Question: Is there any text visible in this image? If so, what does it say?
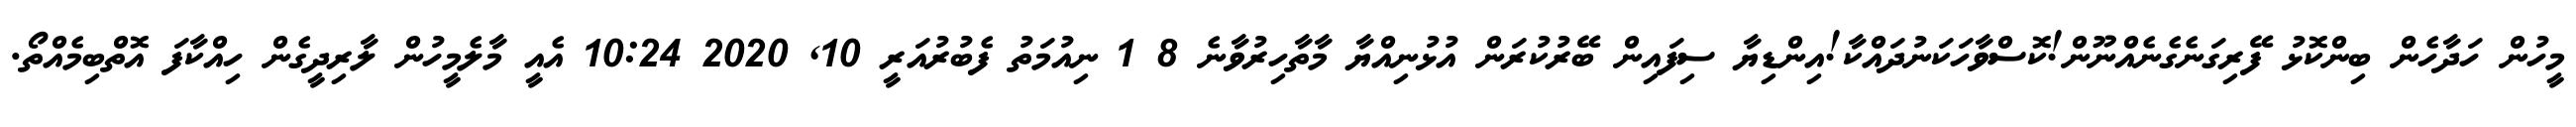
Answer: މީހުން ހަދާހެން ބިންކޮޅު ފޭރިގަނެގެނެއްނޫން!ކޮސްވާހަކަނުދައްކާ!އިންޑިޔާ ސިފައިން ބޭރުކުރަން އުޅުނިއްޔާ މާތާހިރުވާނެ 8 1 ނިއުމަތު ފެބުރުއަރީ 10, 2020 10:24 އެއީ މާލެމީހުން ލާރިދީގެން ހިއްކާފަ އޮތްބިމެއްތޯ.